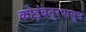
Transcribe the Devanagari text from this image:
कोइंबतूरपासून